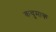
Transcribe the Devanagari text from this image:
कचुमाक